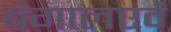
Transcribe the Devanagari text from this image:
बंगालएवं